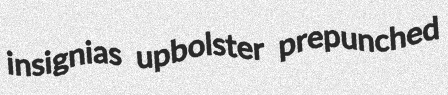
insignias upbolster prepunched